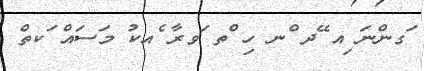
ަގންނަ ިއ ޭދ ްނ ހި ްތ ަވރާ ެއކު މަސައް ަކތް